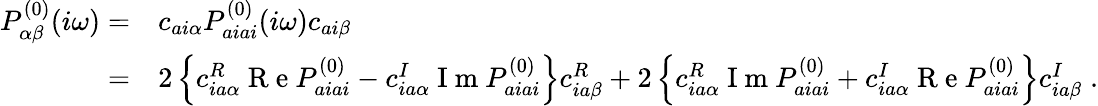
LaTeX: \begin{array}{rl}{P_{\alpha\beta}^{(0)}(i\omega)=}&{{}c_{ai\alpha}P_{aiai}^{(0)}(i\omega)c_{ai\beta}}\\ {=}&{{}2\left\{ c_{ia\alpha}^{R}\mathrm{~R~e~}P_{aiai}^{(0)}-c_{ia\alpha}^{I}\mathrm{~I~m~}P_{aiai}^{(0)}\right\} c_{ia\beta}^{R}+2\left\{ c_{ia\alpha}^{R}\mathrm{~I~m~}P_{aiai}^{(0)}+c_{ia\alpha}^{I}\mathrm{~R~e~}P_{aiai}^{(0)}\right\} c_{ia\beta}^{I}\; .}\end{array}